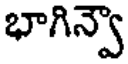
భాగిన్వా